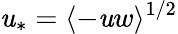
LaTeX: \mathit{u}_{\ast}=\langle-\mathit{u}w\rangle^{1/2}